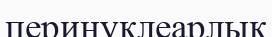
перинуклеарлық